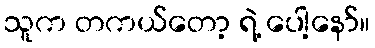
သူက တကယ်တော့ ရဲ့ ပေါ့နော်။